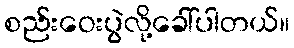
စည်းဝေးပွဲလို့ခေါ်ပါတယ်။